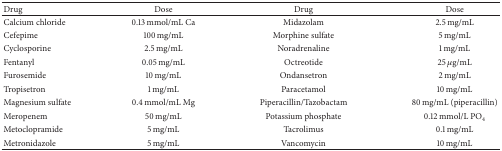
<table><thead><tr><td><b>Drug</b></td><td><b>Dose</b></td><td><b>Drug</b></td><td><b>Dose</b></td></tr></thead><tbody><tr><td>Calcium chloride</td><td>0.13 mmol/mL Ca</td><td>Midazolam</td><td>2.5 mg/mL</td></tr><tr><td>Cefepime</td><td>100 mg/mL</td><td>Morphine sulfate</td><td>5 mg/mL</td></tr><tr><td>Cyclosporine </td><td>2.5 mg/mL</td><td>Noradrenaline</td><td>1 mg/mL</td></tr><tr><td>Fentanyl</td><td>0.05 mg/mL</td><td>Octreotide</td><td>25 <i>μ</i>g/mL</td></tr><tr><td>Furosemide</td><td>10 mg/mL</td><td>Ondansetron</td><td>2 mg/mL</td></tr><tr><td>Tropisetron</td><td>1 mg/mL</td><td>Paracetamol</td><td>10 mg/mL</td></tr><tr><td>Magnesium sulfate </td><td>0.4 mmol/mL Mg</td><td>Piperacillin/Tazobactam</td><td>80 mg/mL (piperacillin)</td></tr><tr><td>Meropenem</td><td>50 mg/mL</td><td>Potassium phosphate</td><td>0.12 mmol/L PO<sub>4</sub></td></tr><tr><td>Metoclopramide</td><td>5 mg/mL</td><td>Tacrolimus</td><td>0.1 mg/mL</td></tr><tr><td>Metronidazole</td><td>5 mg/mL</td><td>Vancomycin</td><td>10 mg/mL</td></tr></tbody></table>